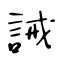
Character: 誡